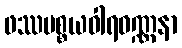
ဖဿပစ္စယဝါရဝဏ္ဏနာ